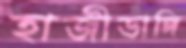
হাজীডাঙ্গি